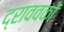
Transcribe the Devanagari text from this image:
द्राववकों